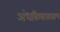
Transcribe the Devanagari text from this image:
अंधविश्वासासाच